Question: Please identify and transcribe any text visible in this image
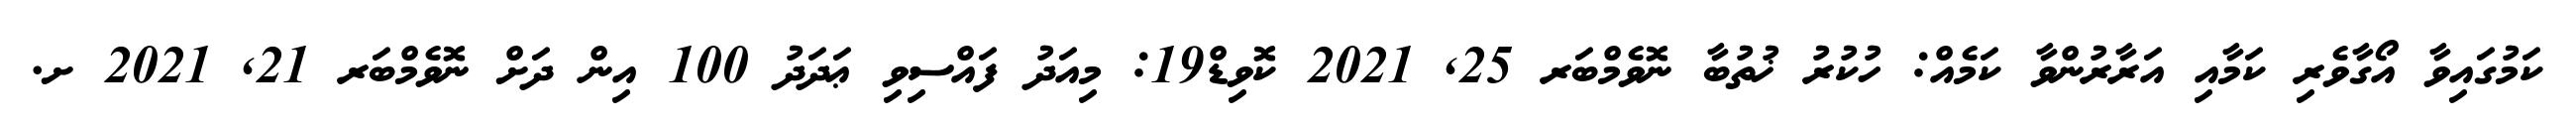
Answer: ކަމުގައިވާ އޯގާވެރި ކަމާއި އަރާރުންވާ ކަމެއް: ހުކުރު ޚުތުބާ ނޮވެމްބަރ 25, 2021 ކޮވިޑް19: މިއަދު ފައްސިވި ޢަދަދު 100 އިން ދަށް ނޮވެމްބަރ 21, 2021 ށ.